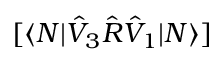
[ \langle N | \hat { V } _ { 3 } \hat { R } \hat { V } _ { 1 } | N \rangle ]